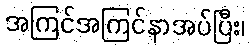
အကြင်အကြင်နာအပ်ပြီး၊